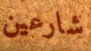
شارعين